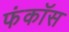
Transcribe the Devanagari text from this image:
फंकॉस